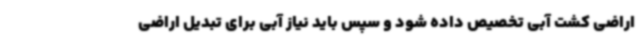
اراضی کشت آبی تخصیص داده شود و سپس باید نیاز آبی برای تبدیل اراضی